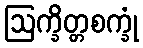
ဩက္ခိတ္တစက္ခုံ